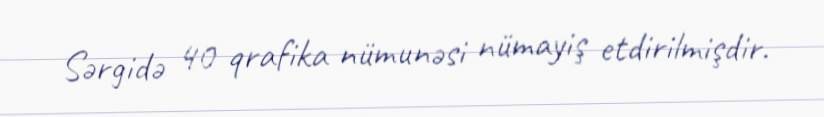
Sərgidə 40 qrafika nümunəsi nümayiş etdirilmişdir.